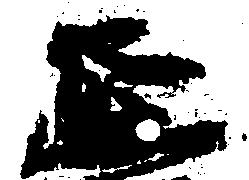
延